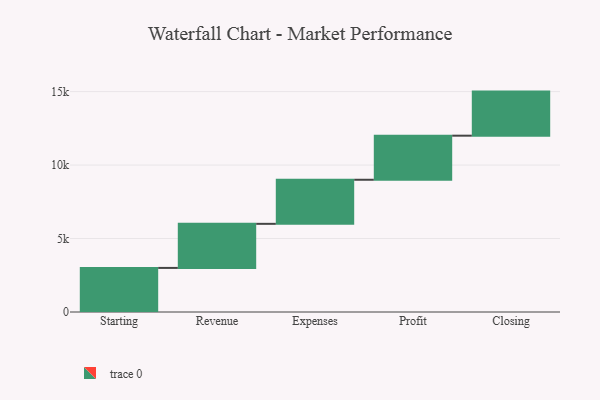
{"axis": {"x": "Step", "y": "Value"}, "legend": [""], "data": [{"x": "Starting", "y": 3000, "type": ""}, {"x": "Revenue", "y": 3000, "type": ""}, {"x": "Expenses", "y": 3000, "type": ""}, {"x": "Profit", "y": 3000, "type": ""}, {"x": "Closing", "y": 3000, "type": ""}]}